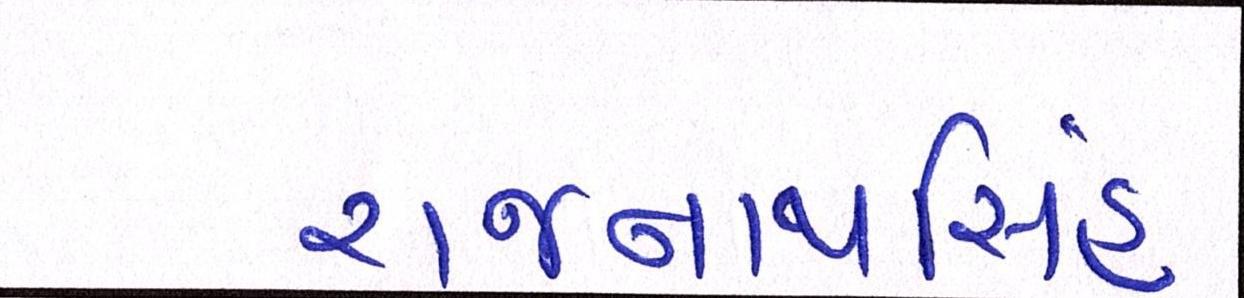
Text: રાજનાથસિંહ